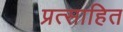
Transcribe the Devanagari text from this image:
प्रत्साहित